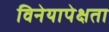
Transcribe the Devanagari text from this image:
विनेयापेक्षता